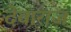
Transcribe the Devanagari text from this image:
देवाराज